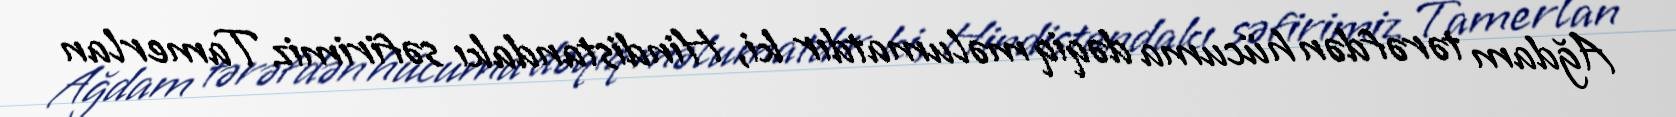
Ağdam tərəfdən hücuma dəqiq məlumatdır ki, Hindistandakı səfirimiz Tamerlan